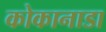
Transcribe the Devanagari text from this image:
कोकानाडा